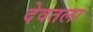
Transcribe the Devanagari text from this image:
देवतला